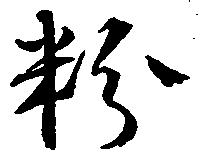
粉